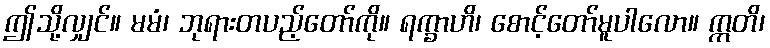
ဤသို့လျှင်။ မမံ၊ ဘုရားတပည့်တော်ကို။ ရက္ခာဟိ၊ စောင့်တော်မူပါလော။ ဣတိ၊